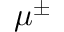
\mu ^ { \pm }